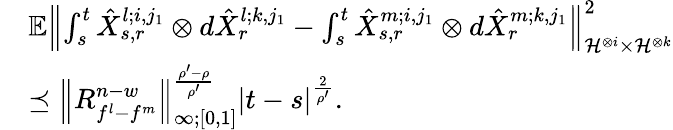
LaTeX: \begin{array}{rl}&{\mathbb{E}{\left\lVert{\int_{s}^{t}\hat{X}_{s,r}^{l;i,j_{1}}\otimes d\hat{X}_{r}^{l;k,j_{1}}-\int_{s}^{t}\hat{X}_{s,r}^{m;i,j_{1}}\otimes d\hat{X}_{r}^{m;k,j_{1}}}\right\rVert}_{\mathcal{H}^{\otimes i}\times\mathcal{H}^{\otimes k}}^{2}}\\ &{\preceq{\left\lVert{R_{f^{l}-f^{m}}^{n-w}}\right\rVert}_{\infty;[0,1]}^{\frac{\rho^{\prime}-\rho}{\rho^{\prime}}}\left|t-s\right|^{\frac{2}{\rho^{\prime}}}.}\end{array}